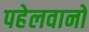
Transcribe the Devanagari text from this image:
पहेलवानो